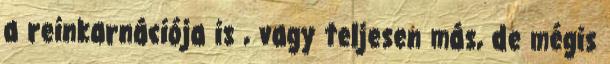
a reinkarnációja is , vagy teljesen más, de mégis